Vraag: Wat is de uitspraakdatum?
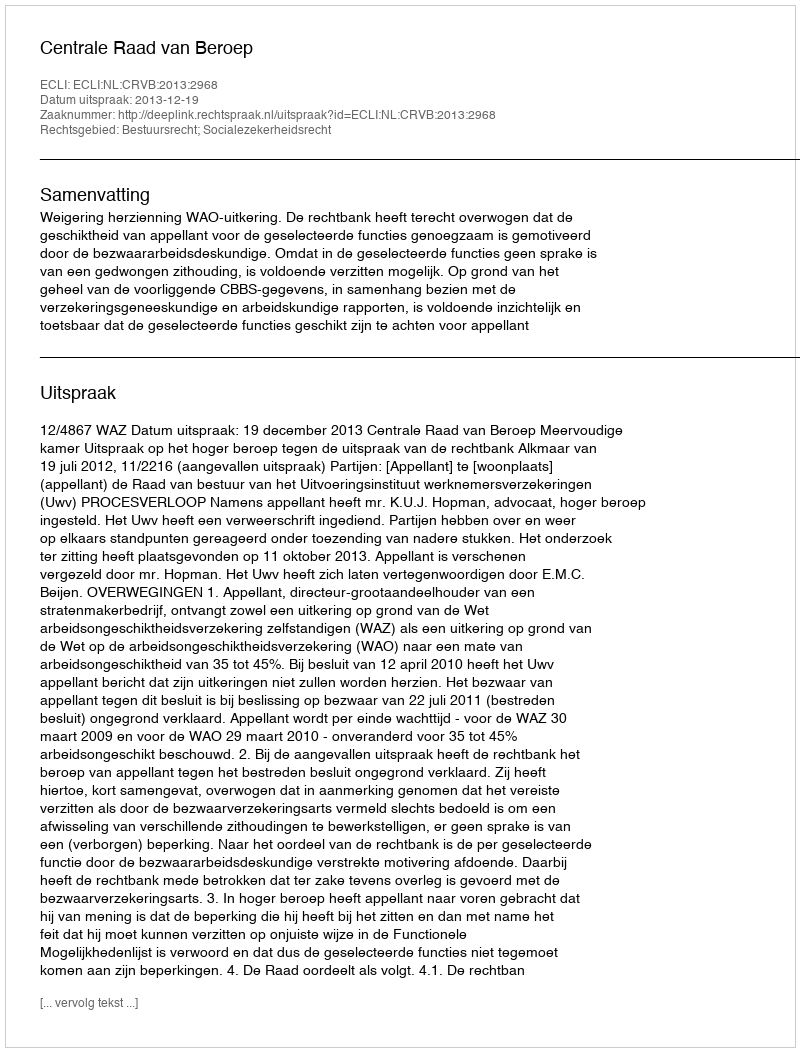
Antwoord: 2013-12-19